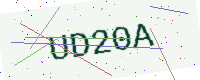
Text: UD20A